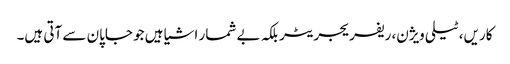
کاریں، ٹیلی ویژن، ریفریجریٹر بلکہ بے شمار اشیا ہیں جو جاپان سے آتی ہیں۔